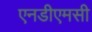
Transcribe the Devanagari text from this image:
एनडीएमसी